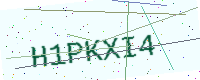
Text: H1PKXI4